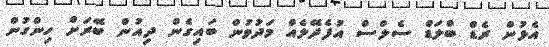
އެޅުން ރެޑް ބްލަޑް ސެލްސް އުފެދޭލެއް މަދުވުން ބައިގެން ދިއުން ބޭރަށް ހިންގުން